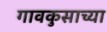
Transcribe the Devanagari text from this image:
गावकुसाच्या